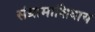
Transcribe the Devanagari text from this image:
संग्रामाशिवाय